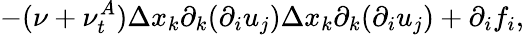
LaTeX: -(\nu+\nu_{t}^{A})\Delta x_{k}\partial_{k}(\partial_{i}u_{j})\Delta x_{k}\partial_{k}(\partial_{i}u_{j})+\partial_{i}f_{i},